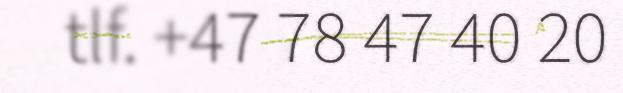
tlf. +47 78 47 40 20